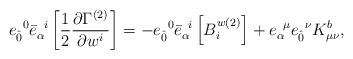
LaTeX: \begin{align*}{e}_{ \hat{0}}^{\;\;0} {\bar{e}}_{\alpha}^{\;\; i} \left[\frac{1}{2}\frac{\partial\Gamma^{(2)}}{\partial w^{i}} \right]=- {e}_{\hat{0}}^{\;\;0} {\bar{e}}_{\alpha}^{\;\; i}\left[B^{w(2)}_{i} \right] +{e}_{\alpha}^ {\;\;\mu} {e}_{\hat{0}}^{\;\;\nu}K^{b}_{\mu\nu},\end{align*}